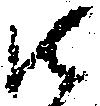
御